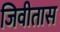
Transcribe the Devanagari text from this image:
जिवीतास